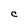
Character: c